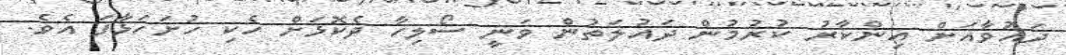
ދައުވާއަށް އިންކާރު ކުރުމުން ދައުލަތުން ވަނީ ސޯލިހާ ދެކޮޅަށް ހެކި ހުށަހަޅާފަ އެވެ.